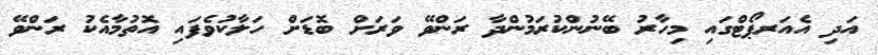
އަދި އެއަރޕޯޓްގައި މިހާރު ބޭނުންކުރަމުންދާ ރަންވޭ ވަރަށް ބޮޑަށް ހަލާކުވެފައި އޮތުމާއެކު ރަންވޭ